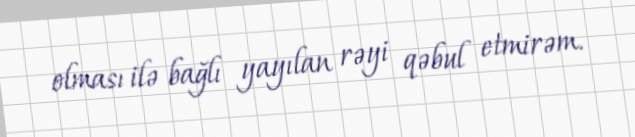
olması ilə bağlı yayılan rəyi qəbul etmirəm.